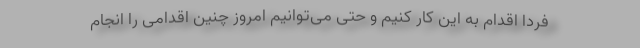
فردا اقدام به این کار کنیم و حتی می‌توانیم امروز چنین اقدامی را انجام